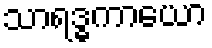
သာရဒ္ဓကာယော